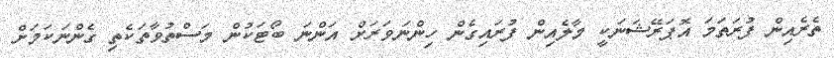
ތެރެއިން ފުރަތަމަ އޮޕަރޭޝަނަކީ މާލެއިން ފުރައިގެން ހިންނަވަރަށް އަންނަ ބޯޓަކުން މަސްތުވާތަކެތި ގެންނަކަމަށް